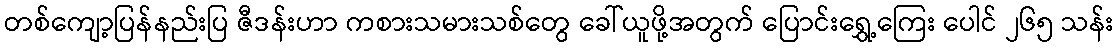
တစ်ကျော့ပြန်နည်းပြ ဇီဒန်းဟာ ကစားသမားသစ်တွေ ခေါ်ယူဖို့အတွက် ပြောင်းရွှေ့ကြေး ပေါင် ၂၆၅ သန်း